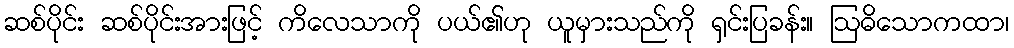
ဆစ်ပိုင်း ဆစ်ပိုင်းအားဖြင့် ကိလေသာကို ပယ်၏ဟု ယူမှားသည်ကို ရှင်းပြခန်း။ ဩဓိသောကထာ၊